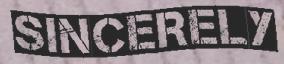
SINCERELY